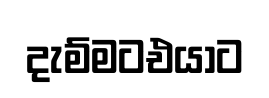
දැම්මටඑයාට